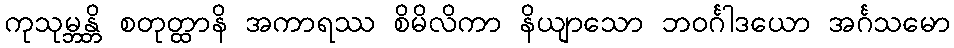
ကုသုမ္ဘန္တိ စတုတ္ထာနိ အကာရဿ စိမိလိကာ နိယျာသော ဘဝင်္ဂါဒယော အင်္ဂသမော